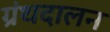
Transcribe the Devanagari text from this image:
ग्रंथदालन